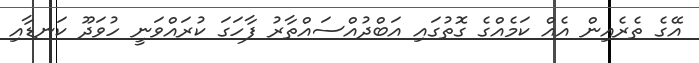
އޭގެ ތެރެއިން އެއް ކަމެއްގެ ގޮތުގައި އަބްދުއްސައްތާރު ފާހަގަ ކުރައްވަނީ ހުވަދޫ ކަނޑާއި